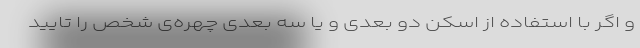
و اگر با استفاده از اسکن دو بعدی و یا سه بعدی چهره‌ی شخص را تایید